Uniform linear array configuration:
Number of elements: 32
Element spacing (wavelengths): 0.5
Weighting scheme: uniform
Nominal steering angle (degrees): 15
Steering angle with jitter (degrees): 14.685
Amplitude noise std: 0.05
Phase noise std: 0.05

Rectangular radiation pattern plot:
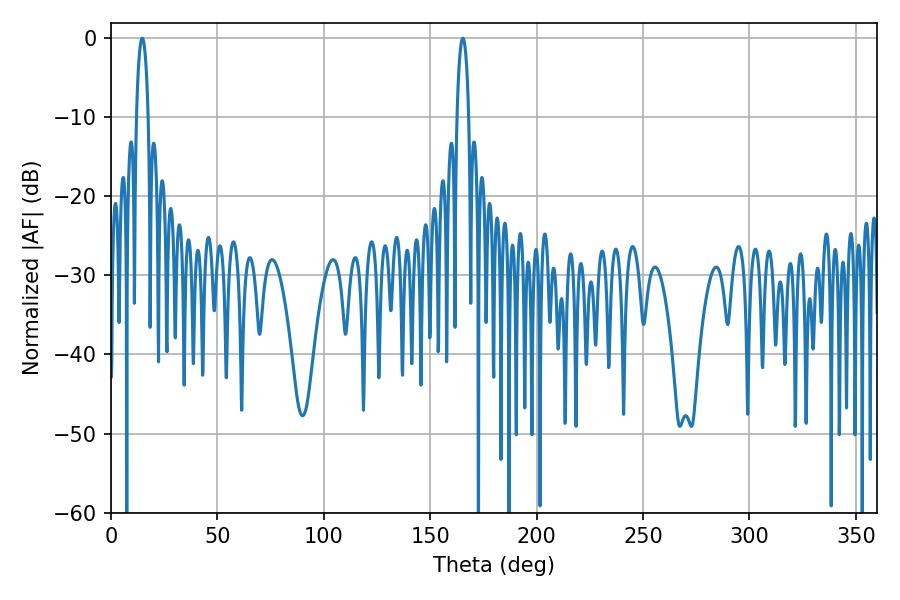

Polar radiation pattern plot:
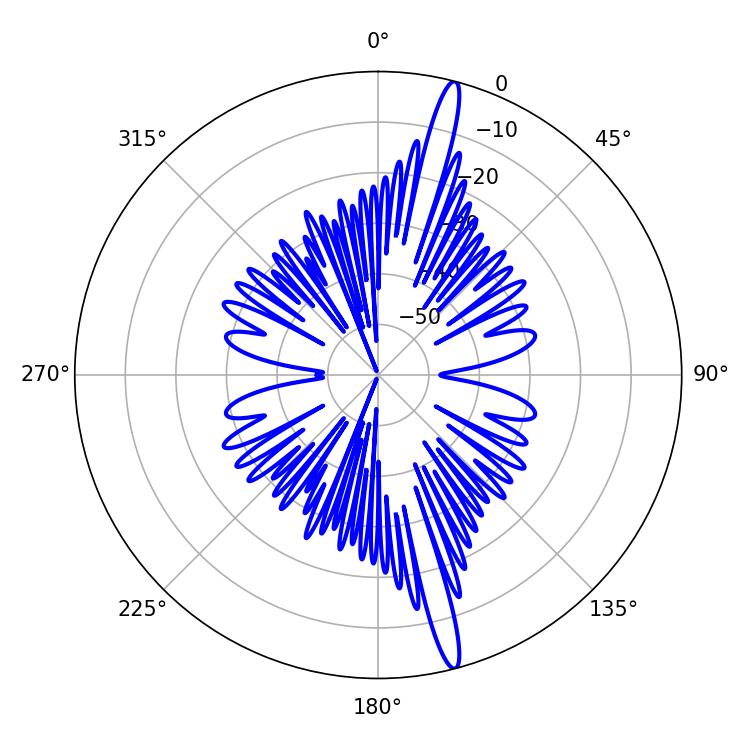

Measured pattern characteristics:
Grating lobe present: FALSE
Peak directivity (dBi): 17.941
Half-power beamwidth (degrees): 3.06
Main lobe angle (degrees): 14.76